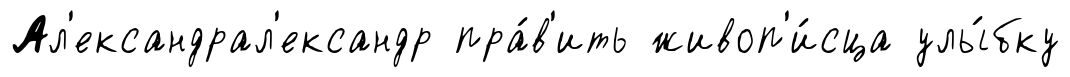
Ал'ександрал'ександр пра́в'ить живоп'и́сца улы́бку